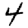
Digit: 4